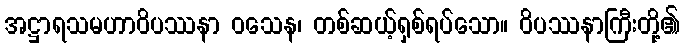
အဋ္ဌာရသမဟာဝိပဿနာ ဝသေန၊ တစ်ဆယ့်ရှစ်ရပ်သော။ ဝိပဿနာကြီးတို့၏